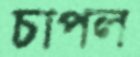
চাপল